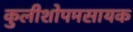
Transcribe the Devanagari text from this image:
कुलीशोपमसायक